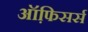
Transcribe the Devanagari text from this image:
ऑफि़सर्स